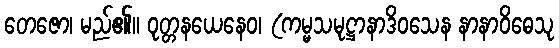
တေဇော၊ မည်၏။ ဝုတ္တနယေနေဝ၊ (ကမ္မသမုဋ္ဌာနာဒိဝသေန နာနာဝိဓေသု